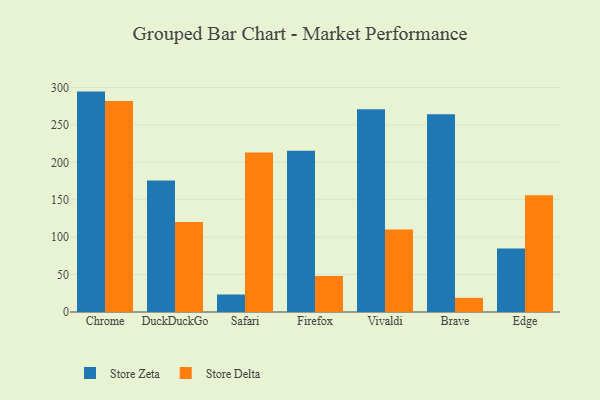
{"axis": {"x": "Browser", "y": "Headcount"}, "legend": ["Store Delta", "Store Zeta"], "data": [{"x": "Chrome", "y": 294.5, "type": "Store Zeta"}, {"x": "Chrome", "y": 281.9, "type": "Store Delta"}, {"x": "DuckDuckGo", "y": 175.8, "type": "Store Zeta"}, {"x": "DuckDuckGo", "y": 120.2, "type": "Store Delta"}, {"x": "Safari", "y": 23.4, "type": "Store Zeta"}, {"x": "Safari", "y": 213.1, "type": "Store Delta"}, {"x": "Firefox", "y": 215.5, "type": "Store Zeta"}, {"x": "Firefox", "y": 48.1, "type": "Store Delta"}, {"x": "Vivaldi", "y": 270.9, "type": "Store Zeta"}, {"x": "Vivaldi", "y": 110.4, "type": "Store Delta"}, {"x": "Brave", "y": 264.4, "type": "Store Zeta"}, {"x": "Brave", "y": 18.9, "type": "Store Delta"}, {"x": "Edge", "y": 84.7, "type": "Store Zeta"}, {"x": "Edge", "y": 156.1, "type": "Store Delta"}]}